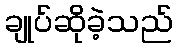
ချုပ်ဆိုခဲ့သည်